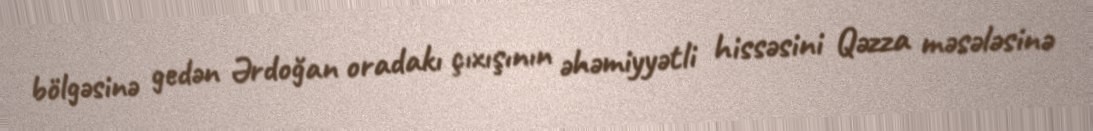
bölgəsinə gedən Ərdoğan oradakı çıxışının əhəmiyyətli hissəsini Qəzza məsələsinə